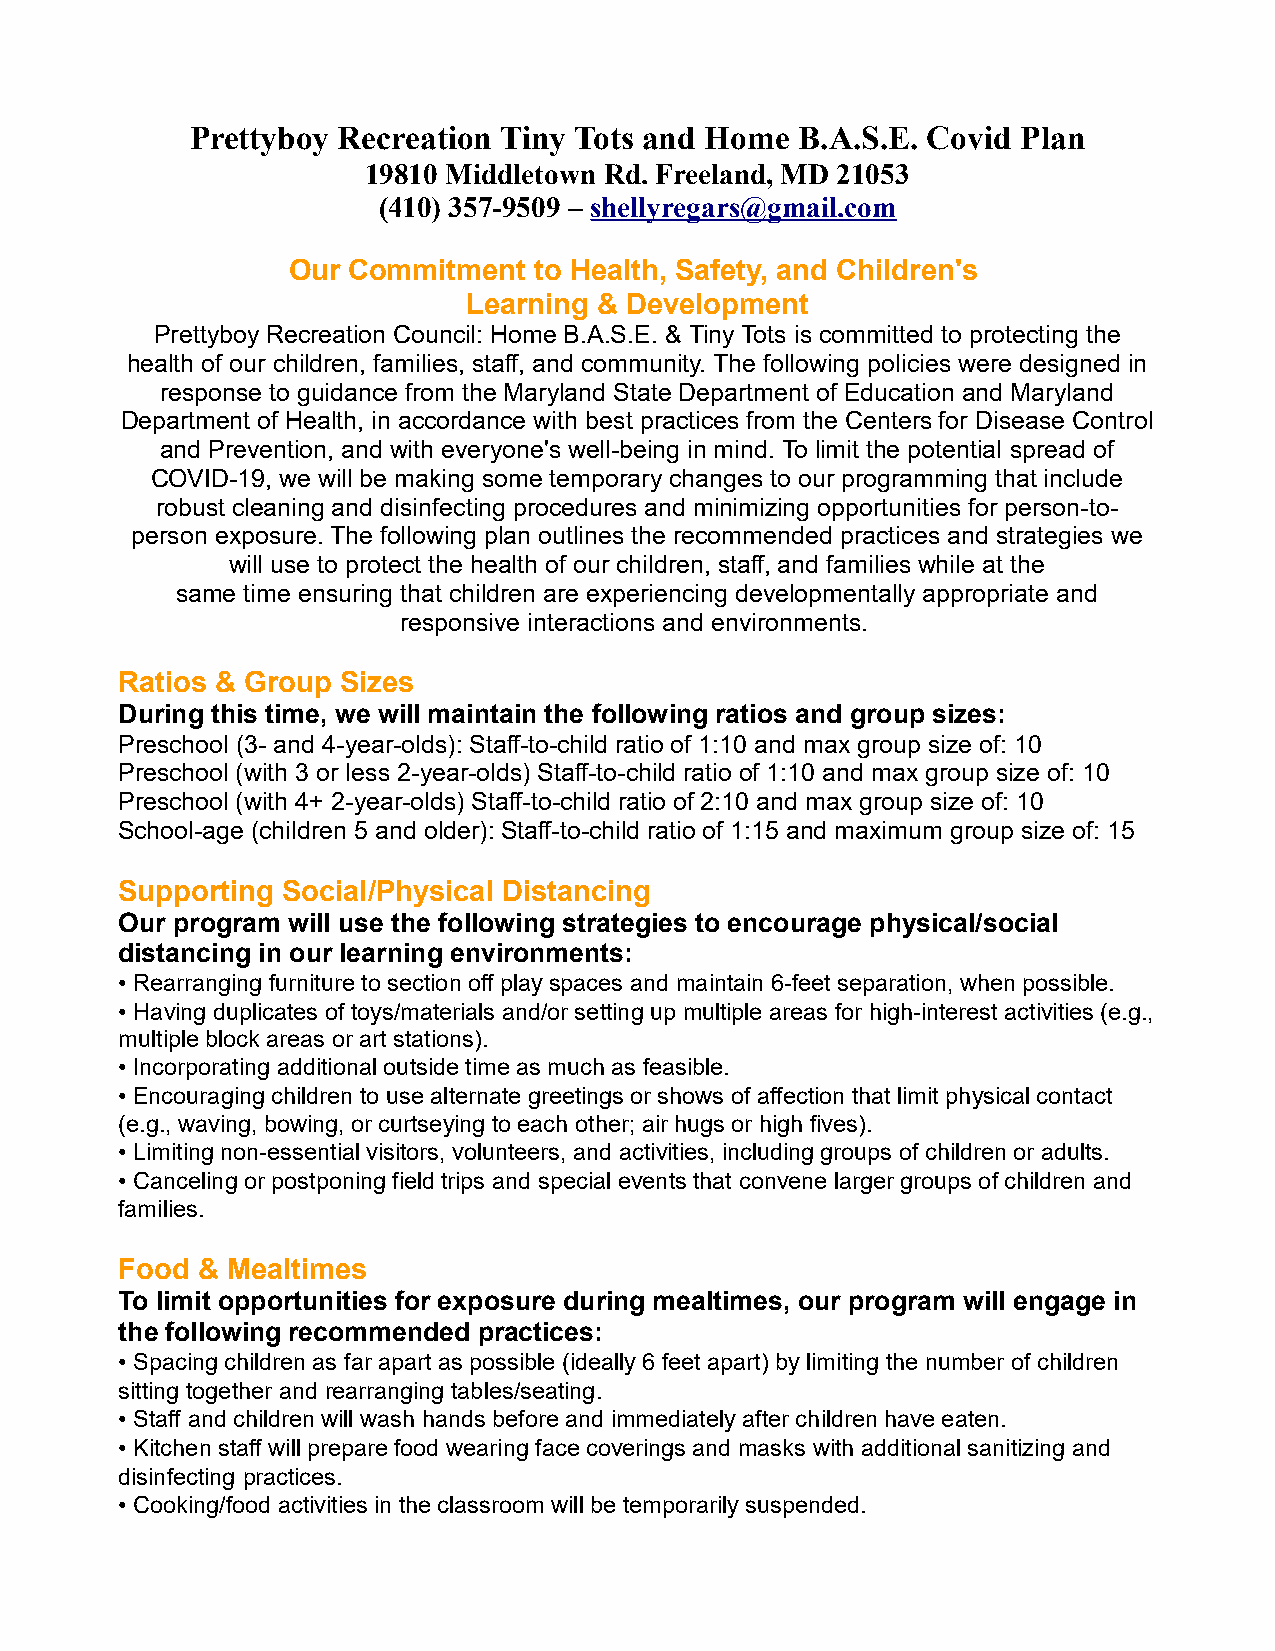
Prettyboy Recreation Tiny Tots and Home B.A.S.E. Covid Plan
 19810 Middletown Rd. Freeland, MD 21053
 (410) 357-9509 – shellyregars@gmail.com
 Our Commitment  to Health, Safety, and Children's
 Learning & Development
 Prettyboy Recreation Council: Home B.A.S.E. & Tiny Tots is committed to protecting the
 health of our children, families, staff, and community. The following policies were designed in
 response to guidance from the Maryland State Department of Education and Maryland
 Department of Health, in accordance with best practices from the Centers for Disease Control
 and Prevention, and with everyone's well-being in mind. To limit the potential spread of
 COVID-19, we will be making some temporary changes to our programming that include
 robust cleaning and disinfecting procedures and minimizing opportunities for person-to-
 person exposure. The following plan outlines the recommended practices and strategies we
 will use to protect the health of our children, staff, and families while at the
 same time ensuring that children are experiencing developmentally appropriate and
 responsive interactions and environments.
 Ratios & Group Sizes
 During this time, we will maintain the following ratios and group sizes:
 Preschool (3- and 4-year-olds): Staff-to-child ratio of 1:10 and max group size of: 10
 Preschool (with 3 or less 2-year-olds) Staff-to-child ratio of 1:10 and max group size of: 10
 Preschool (with 4+ 2-year-olds) Staff-to-child ratio of 2:10 and max group size of: 10
 School-age (children 5 and older): Staff-to-child ratio of 1:15 and maximum group size of: 15
 Supporting Social/Physical Distancing
 Our program will use the following strategies to encourage physical/social
 distancing in our learning environments:
 • Rearranging furniture to section off play spaces and maintain 6-feet separation, when possible.
 • Having duplicates of toys/materials and/or setting up multiple areas for high-interest activities (e.g.,
 multiple block areas or art stations).
 • Incorporating additional outside time as much as feasible.
 • Encouraging children to use alternate greetings or shows of affection that limit physical contact
 (e.g., waving, bowing, or curtseying to each other; air hugs or high fives).
 • Limiting non-essential visitors, volunteers, and activities, including groups of children or adults.
 • Canceling or postponing field trips and special events that convene larger groups of children and
 families.
 Food & Mealtimes
 To limit opportunities for exposure during mealtimes, our program will engage in
 the following recommended practices:
 • Spacing children as far apart as possible (ideally 6 feet apart) by limiting the number of children
 sitting together and rearranging tables/seating.
 • Staff and children will wash hands before and immediately after children have eaten.
 • Kitchen staff will prepare food wearing face coverings and masks with additional sanitizing and
 disinfecting practices.
 • Cooking/food activities in the classroom will be temporarily suspended.